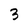
Character: 3